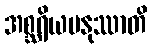
အစ္ဆရိယမနုဿာတိ